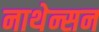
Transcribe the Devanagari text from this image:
नाथेन्सन